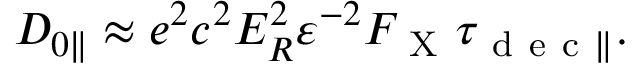
D _ { 0 \parallel } \approx e ^ { 2 } c ^ { 2 } E _ { R } ^ { 2 } \varepsilon ^ { - 2 } F _ { \mathrm { ~ X ~ } } \tau _ { \mathrm { ~ d ~ e ~ c ~ } \parallel } .